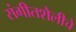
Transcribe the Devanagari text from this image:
संगीतशैलीचे